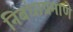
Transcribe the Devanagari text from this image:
निबंधाप्रमाणे